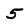
Character: 5